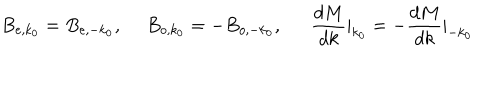
B _ { e , k _ { 0 } } = B _ { e , - k _ { 0 } } , ~ ~ B _ { o , k _ { 0 } } = - B _ { o , - k _ { 0 } } , \frac { d M } { d k } | _ { k _ { 0 } } = - \frac { d M } { d k } | _ { - k _ { 0 } }